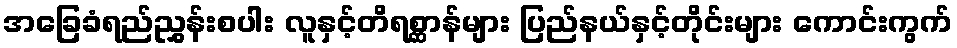
အခြေခံရည်ညွှန်းစပါး လူနှင့်တိရစ္ဆာန်များ ပြည်နယ်နှင့်တိုင်းများ ကောင်းကွက်